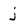
Character: j